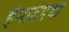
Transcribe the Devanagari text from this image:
हेमाडंपंथी